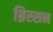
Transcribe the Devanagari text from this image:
ब्रिस्सन